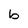
Character: b